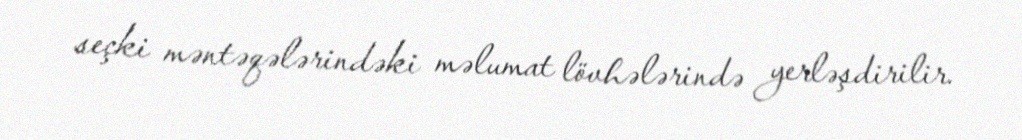
seçki məntəqələrindəki məlumat lövhələrində yerləşdirilir.